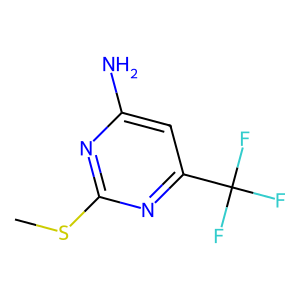
SMILES: CSc1nc(N)cc(C(F)(F)F)n1
Inhibits HIV replication: No